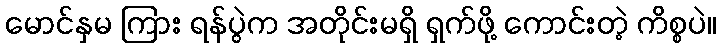
မောင်နှမ ကြား ရန်ပွဲက အတိုင်းမရှိ ရှက်ဖို့ ကောင်းတဲ့ ကိစ္စပဲ။